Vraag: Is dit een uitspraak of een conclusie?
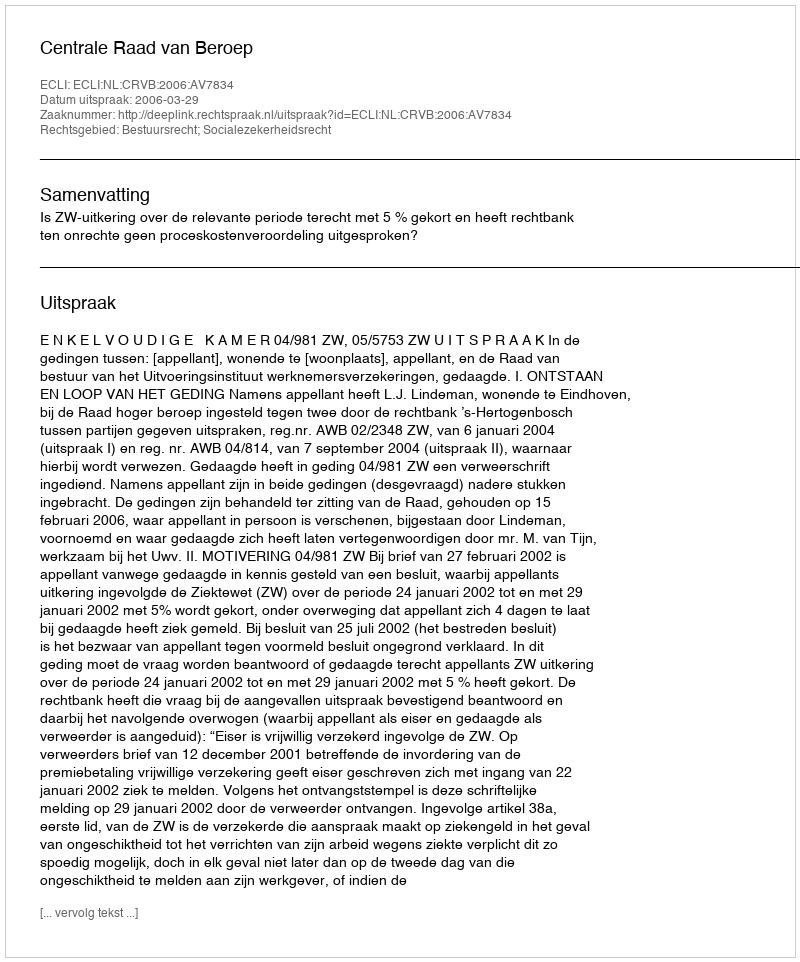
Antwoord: Uitspraak